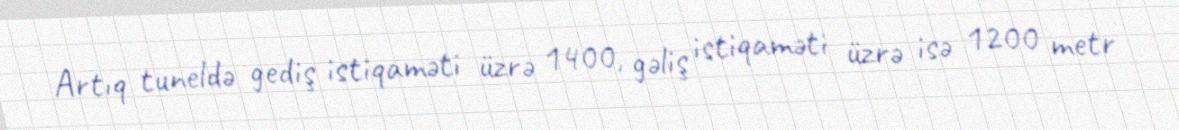
Artıq tuneldə gediş istiqaməti üzrə 1400, gəliş istiqaməti üzrə isə 1200 metr